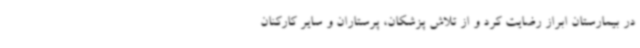
در بیمارستان ابراز رضایت کرد و از تلاش پزشکان، پرستاران و سایر کارکنان